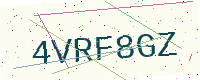
Text: 4VRF8GZ